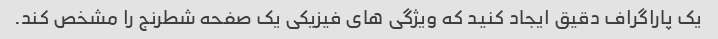
یک پاراگراف دقیق ایجاد کنید که ویژگی های فیزیکی یک صفحه شطرنج را مشخص کند.